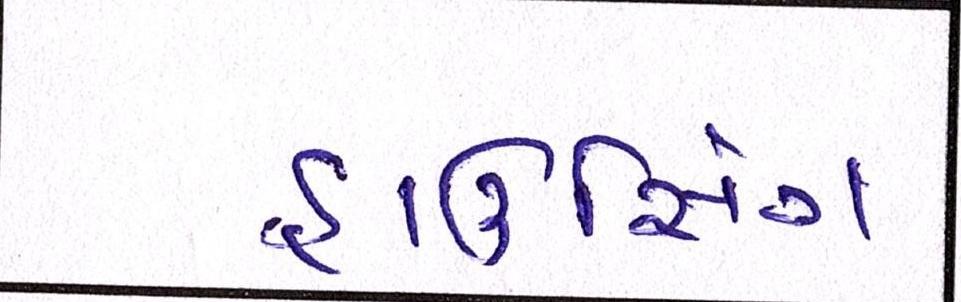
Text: હાઉસિંગ